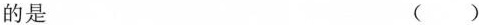
的是 ()